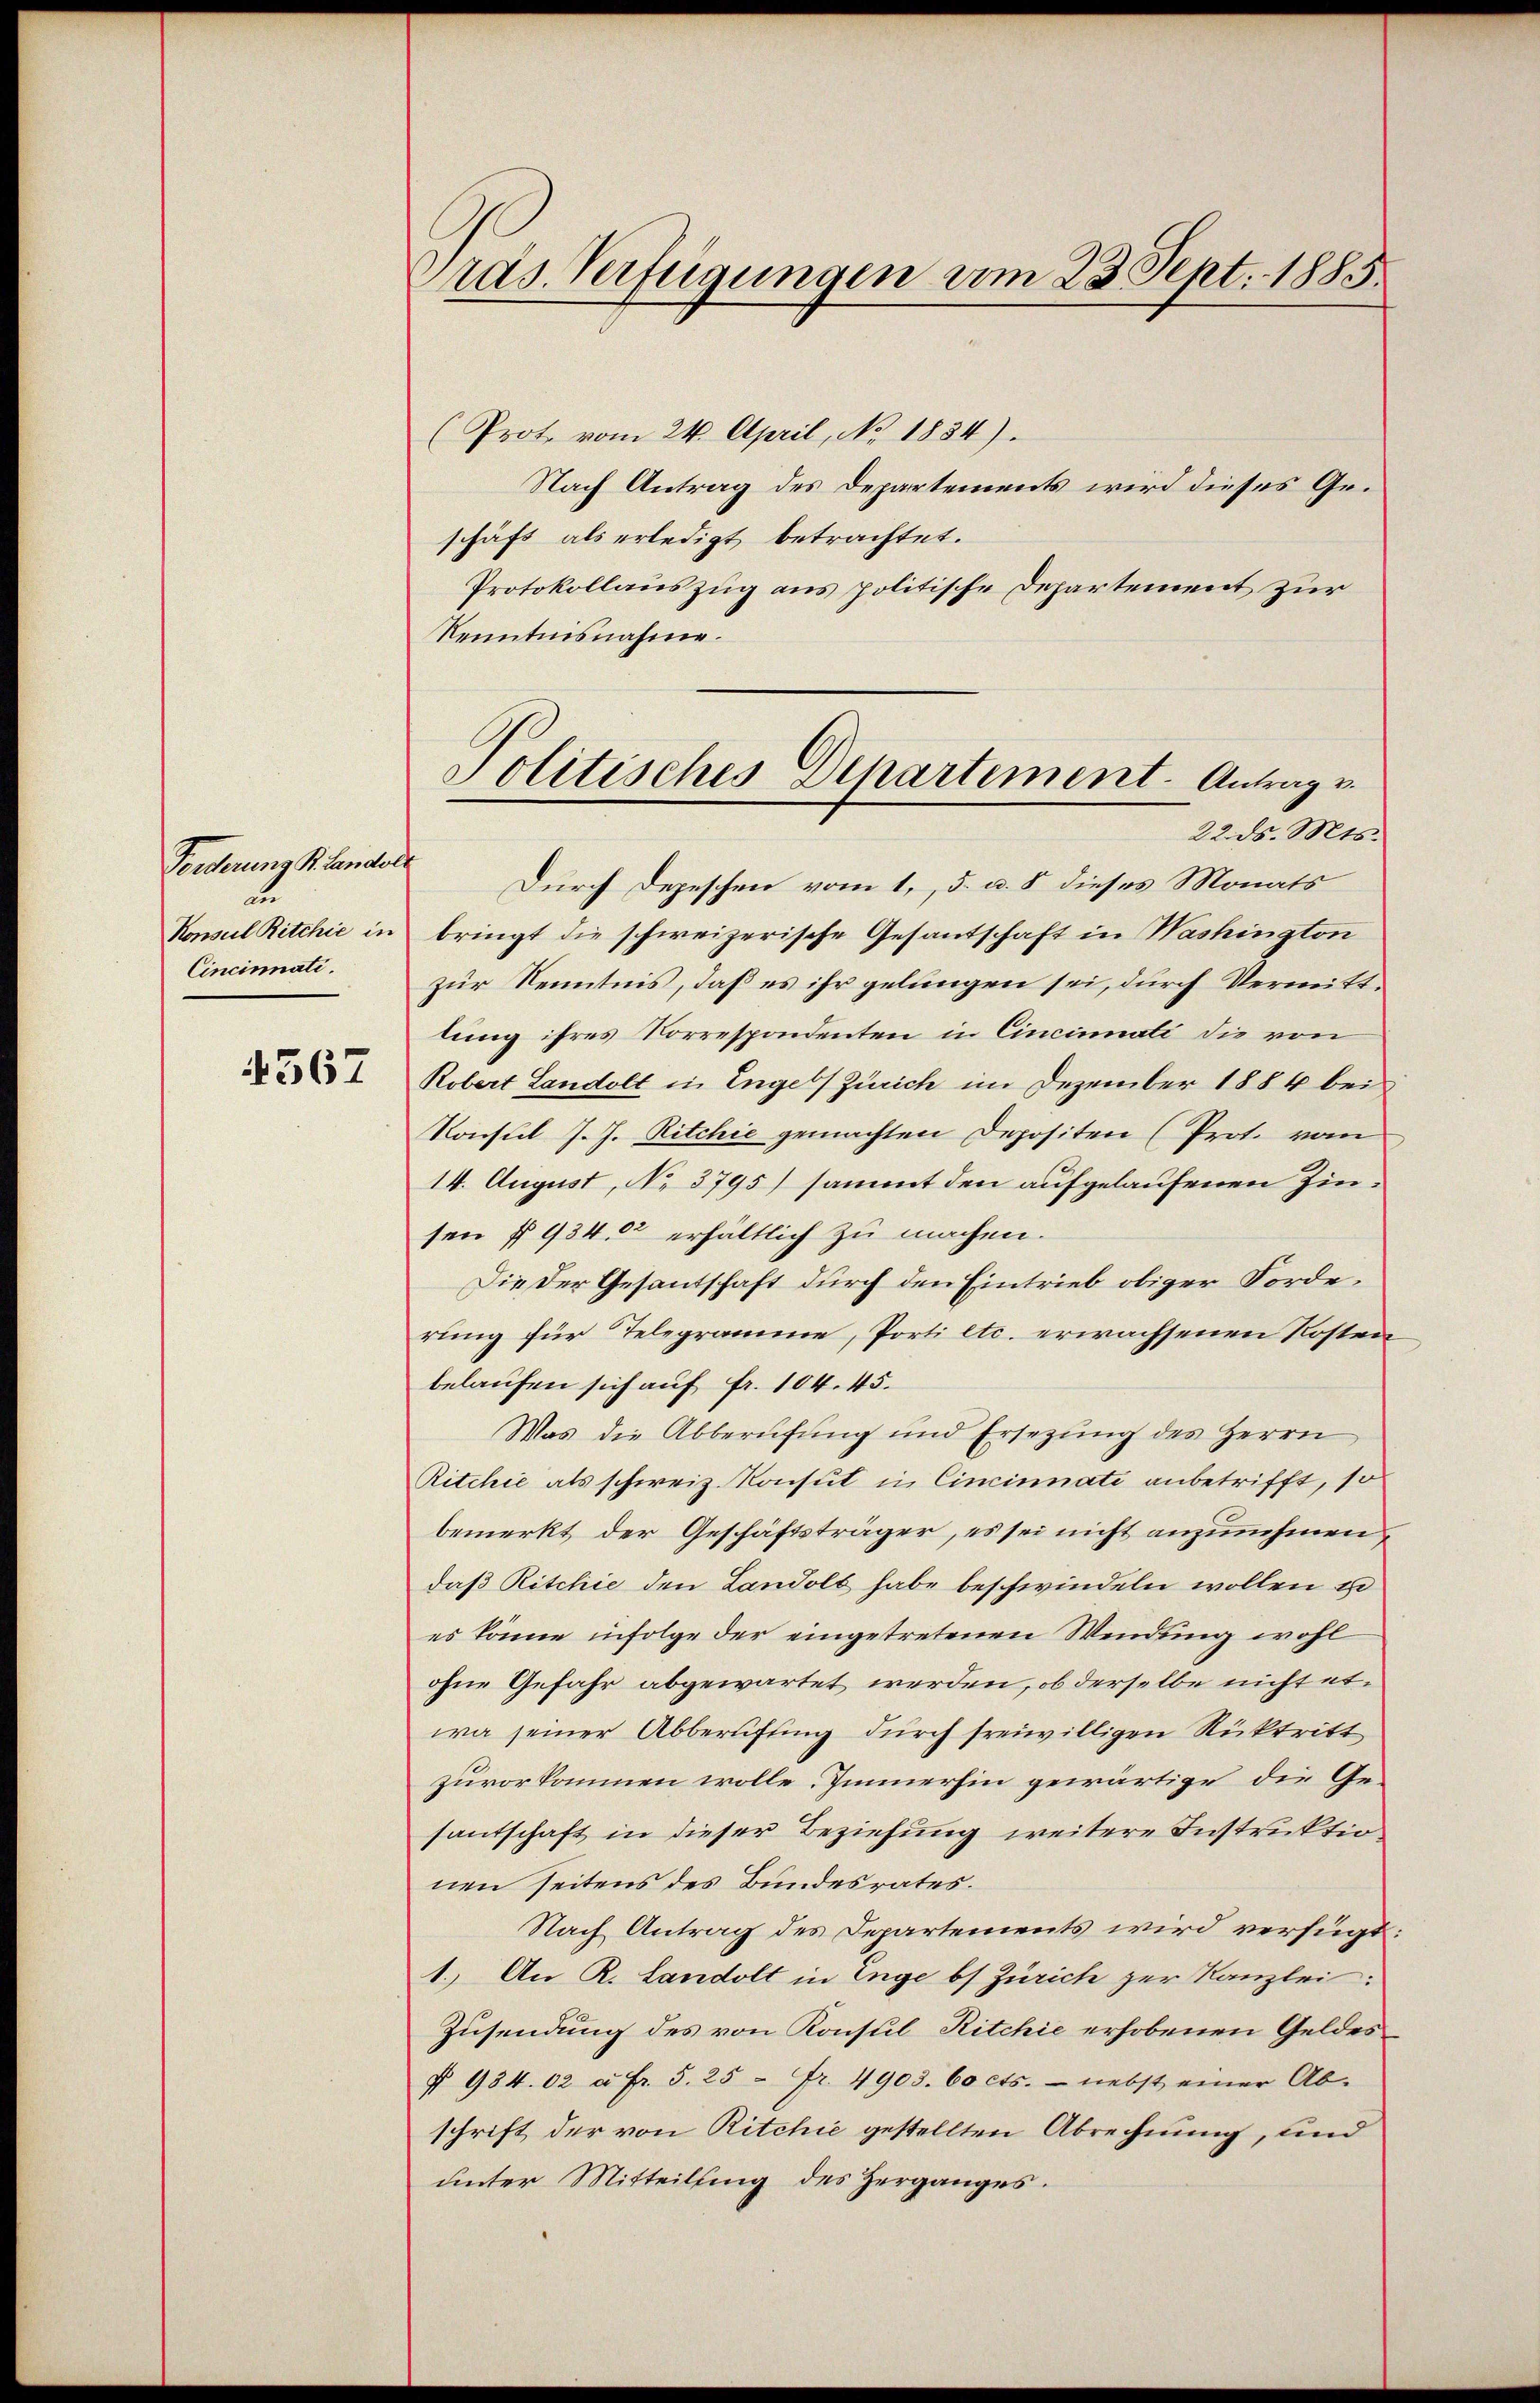
Verderung Sr. Landole
u
Konseil Ritchie in
Cincinati.

567

räs. Verfügungen vom 23. Sept. 1885.

(Prot. vom 24. April, No. 1834).
Nach Antrag des Departements wird dieses Geschäft als erledigt betrachtet.
Protokollauszug aus politische Departement zur
Kenntnisnahme.
Durch Depeschen vom 1. 5. u. 8 dieses Monats
bringt die schweizerische Gesantschaft in Washington
zur Kenntnis, daß es ihr gelungen sei, durch Vermitttung ihres Korrespondenten in Cincinati die von
Robert Landolt in Engel Zürich im Dezember 1884 bei
Konsul J. J. Ritchie gemachten Depositen (Prot. vom
14. August, No. 3795) sammt den aufgelaufenen Zinsen § 934, 32 erhältlich zu machen.
Die der Gesantschaft durch den Eintrieb obiger Forderung für Telegramme, Porti etc. erwachsenen Kosten
belaufen sich auf Fr. 104. 45.
Was die Abberufung und Ersetzung des Herrn
Ritchie als schweiz. Konsul in Cincinnati anbetrifft, so
bemerkt der Geschäftsträger, es sei nicht anzunehmen,
daß Ritchie den Landolt habe beschwindeln wollen u
es könne infolge der eingetretenen Wendung wohl
ohne Gefahr abgewartet werden, ob derselbe nicht etwa seiner Abberufling durch freiwilligen Rücktritt
zuvorkommen wolle. Immerhin gewärtige die Gesantschaft in dieser Beziehung weitere Instruktio
nen seitens des Bundesrates.
Nach Antrag des Departements wird verfügt.
1.) An R. Landolt in Enge bs Zürich zur Kanzlei:
Zusendung des von Konsul Ritchie erhobenen Geldes¬
§ 934.02 à Fr. 5. 25 fr. 4903. 60 cts. - nebst einer Ab-
schrift der von Ritchie gestellten Abrechnung, und
unter Mitteilung des Herganges.

Politisches Departement. Antrage
22. ds. Mts.